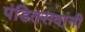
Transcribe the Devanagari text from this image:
पंडितरावांनी